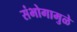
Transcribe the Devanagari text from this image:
संभोगामुळे